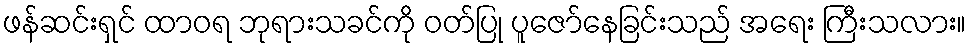
ဖန်ဆင်းရှင် ထာဝရ ဘုရားသခင်ကို ဝတ်ပြု ပူဇော်နေခြင်းသည် အရေး ကြီးသလား။